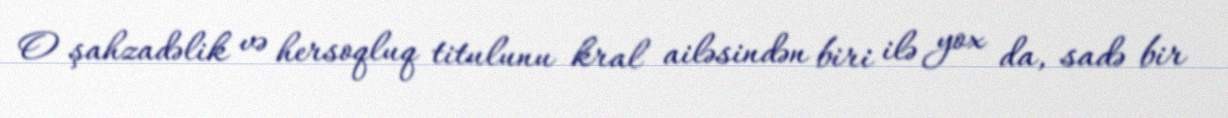
O şahzadəlik və hersoqluq titulunu kral ailəsindən biri ilə yox da, sadə bir